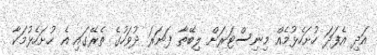
އަދި އެފަދަ ހުށަހެޅުމެއް މިނިސްޓަރަށް ލިބޭތާ ފަނަރަ ދުވަހުގެ ތެރޭގައި އެ ހުށަހެޅުމަކާ